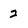
Character: 2